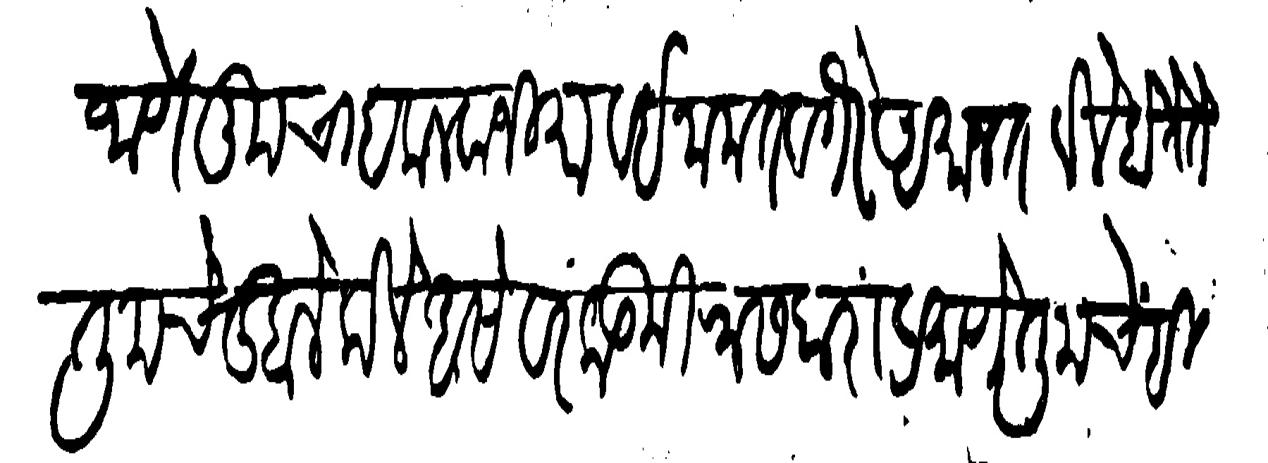
Transliteration (Devanagari): जाणे तुमचा हकलवाजिमा व इनामत वगैरे अमानत केले होते ते तुमचे दुबाले केले असे वरकड मिरासदारांप्रमाणे तुमचेही